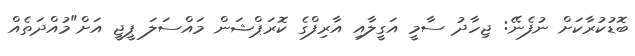
ބޮޑުކުރާކަށް ނުފެނޭ: ޖިހާދު ސާމީ އަގީލާއި އާރިފްގެ ކޮރަޕްޝަން މައްސަލަ ޕީޖީ އަށް"މުއްދަތެއް